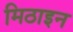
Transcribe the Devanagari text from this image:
मिठाइन